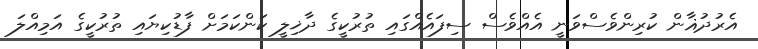
އެރުދުޣާން ކުރިންވެސްވަނީ އެއްވެސް ސިފައެއްގައި ތުރުކީގެ ދާޚިލީ ކަންކަމަށް ފާޑުކިޔައި ތުރުކީގެ އަމިއްލަ